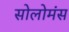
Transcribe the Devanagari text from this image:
सोलोमंस